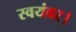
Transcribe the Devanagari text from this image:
स्वयंवर।